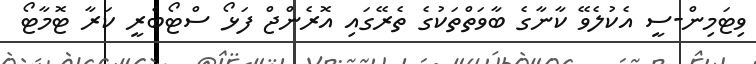
ވިޓަމިން-ސީ އެކުލެވޭ ކާނާގެ ބާވަތްތަކުގެ ތެރޭގައި އޮރެންޖް ފަޅޯ ސްޓޯބެރީ ކަރާ ޓޮމާޓޯ